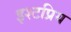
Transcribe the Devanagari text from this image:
इश्टप्रिय